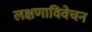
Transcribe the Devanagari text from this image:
लक्षणाविवेचन